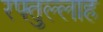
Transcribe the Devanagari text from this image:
रफ्तुल्लाह